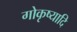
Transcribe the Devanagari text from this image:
गोकृष्यादि